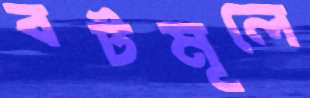
বটমূলে